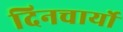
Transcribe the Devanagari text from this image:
दिनचार्यो